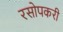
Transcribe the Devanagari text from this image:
रसोपकरी